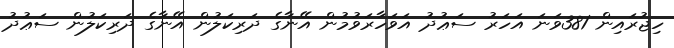
ހިޖުރައިން 381ވަނަ އަހަރު ސަޢުދު އަވަހާރަވުމުން އޭނާގެ ދަރިކަލުން އޭނާގެ ދަރިކަލުން ސަޢުދު